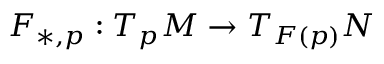
F _ { * , p } : T _ { p } M \to T _ { F ( p ) } N